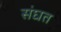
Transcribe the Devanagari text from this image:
संघत